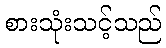
စားသုံးသင့်သည်